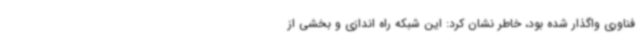
فناوری واگذار شده بود، خاطر نشان کرد: این شبکه راه اندازی و بخشی از